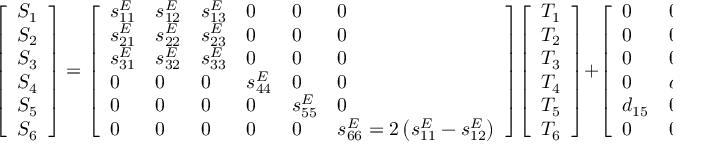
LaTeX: { \left[ \begin{array} { l } { S _ { 1 } } \\ { S _ { 2 } } \\ { S _ { 3 } } \\ { S _ { 4 } } \\ { S _ { 5 } } \\ { S _ { 6 } } \end{array} \right] } = { \left[ \begin{array} { l l l l l l } { s _ { 1 1 } ^ { E } } & { s _ { 1 2 } ^ { E } } & { s _ { 1 3 } ^ { E } } & { 0 } & { 0 } & { 0 } \\ { s _ { 2 1 } ^ { E } } & { s _ { 2 2 } ^ { E } } & { s _ { 2 3 } ^ { E } } & { 0 } & { 0 } & { 0 } \\ { s _ { 3 1 } ^ { E } } & { s _ { 3 2 } ^ { E } } & { s _ { 3 3 } ^ { E } } & { 0 } & { 0 } & { 0 } \\ { 0 } & { 0 } & { 0 } & { s _ { 4 4 } ^ { E } } & { 0 } & { 0 } \\ { 0 } & { 0 } & { 0 } & { 0 } & { s _ { 5 5 } ^ { E } } & { 0 } \\ { 0 } & { 0 } & { 0 } & { 0 } & { 0 } & { s _ { 6 6 } ^ { E } = 2 \left( s _ { 1 1 } ^ { E } - s _ { 1 2 } ^ { E } \right) } \end{array} \right] } { \left[ \begin{array} { l } { T _ { 1 } } \\ { T _ { 2 } } \\ { T _ { 3 } } \\ { T _ { 4 } } \\ { T _ { 5 } } \\ { T _ { 6 } } \end{array} \right] } + { \left[ \begin{array} { l l l } { 0 } & { 0 } & { d _ { 3 1 } } \\ { 0 } & { 0 } & { d _ { 3 2 } } \\ { 0 } & { 0 } & { d _ { 3 3 } } \\ { 0 } & { d _ { 2 4 } } & { 0 } \\ { d _ { 1 5 } } & { 0 } & { 0 } \\ { 0 } & { 0 } & { 0 } \end{array} \right] } { \left[ \begin{array} { l } { E _ { 1 } } \\ { E _ { 2 } } \\ { E _ { 3 } } \end{array} \right] }